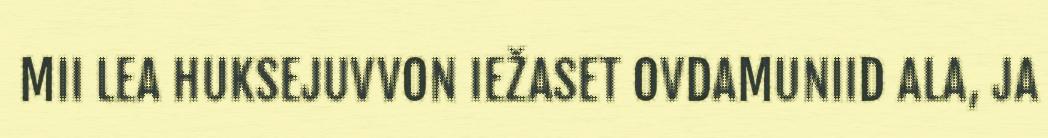
MII LEA HUKSEJUVVON IEŽASET OVDAMUNIID ALA, JA